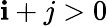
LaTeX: \mathbf{i}+j>0